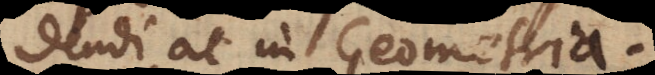
procedendi, ac in Geometria.